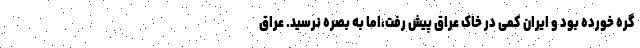
گره خورده بود و ایران کمی در خاک عراق پیش رفت،اما به بصره نرسید. عراق